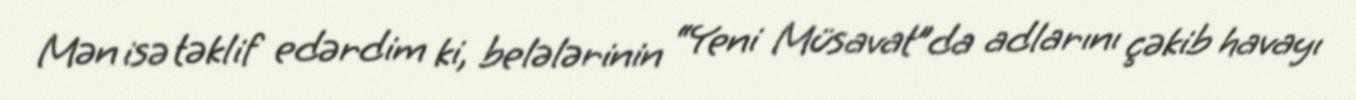
Mən isə təklif edərdim ki, belələrinin “Yeni Müsavat”da adlarını çəkib havayı